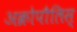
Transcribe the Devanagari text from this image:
अक्रोपौलिस्‌